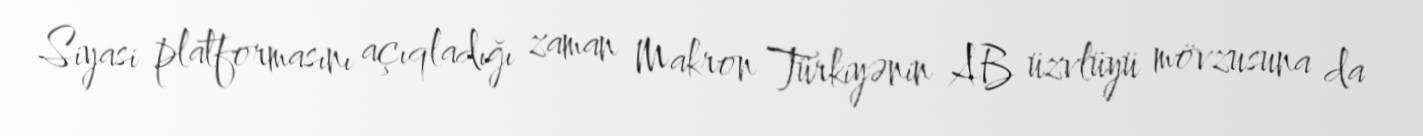
Siyasi platformasını açıqladığı zaman Makron Türkiyənin AB üzvlüyü mövzusuna da